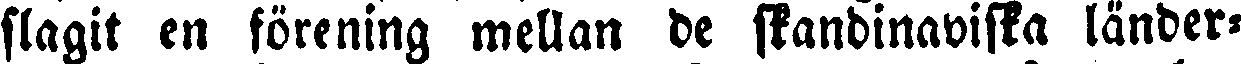
slagit en förening mellan de skandinaviska länder-